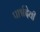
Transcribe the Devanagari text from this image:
पार्श्वदेवी